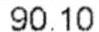
90.10